Subject: cs
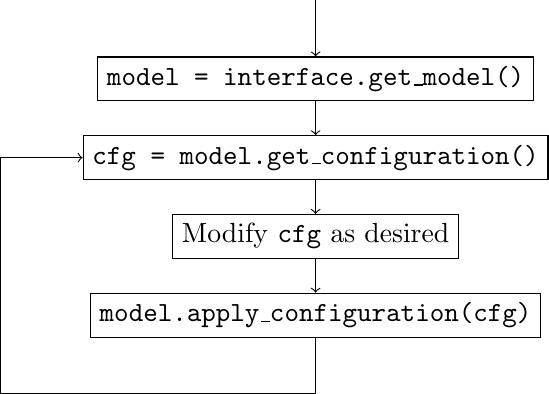
LaTeX code:
    \begin{tikzpicture}
        \draw (0, 4) node[rectangle, draw] (get-model) {\texttt{model = interface.get\_model()}};
        \draw (0, 3) node[rectangle, draw] (get-config) {\texttt{cfg = model.get\_configuration()}};
        \draw (0, 2) node[rectangle, draw] (modify) {Modify \texttt{cfg} as desired};
        \draw (0, 1) node[rectangle, draw] (apply-config) {\texttt{model.apply\_configuration(cfg)}};
        \draw[->] (0, 5) -- (get-model.north);
        \draw[->] (get-model.south) -- (get-config.north);
        \draw[->] (get-config.south) -- (modify.north);
        \draw[->] (modify.south) -- (apply-config.north);
        \draw[->] (apply-config.south) -- (0, 0) -- (-4, 0) -- (-4, 3) -- (get-config.west);
    \end{tikzpicture}